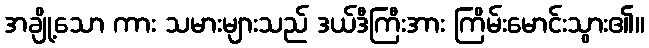
အချို့သော ကား သမားများသည် ဒယ်ဒီကြီးအား ကြိမ်းမောင်းသွား၏။